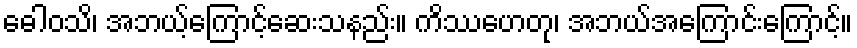
ဓေါဝသိ၊ အဘယ့်ကြောင့်ဆေးသနည်း။ ကိဿဟေတု၊ အဘယ်အကြောင်းကြောင့်။